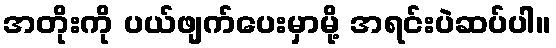
အတိုးကို ပယ်ဖျက်ပေးမှာမို့ အရင်းပဲဆပ်ပါ။